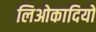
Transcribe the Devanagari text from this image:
लिओकादियो